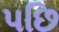
પછિ